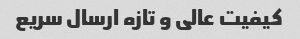
کیفیت عالی و تازه ارسال سریع